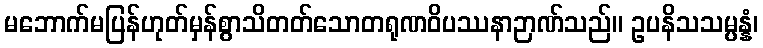
မဘောက်မပြန်ဟုတ်မှန်စွာသိတတ်သောတရုဏဝိပဿနာဉာဏ်သည်။ ဥပနိသသမ္ပန္နံ၊